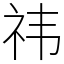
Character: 祎